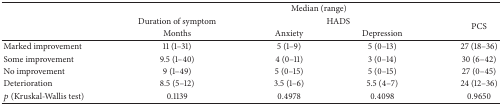
<table><thead><tr><td><b> </b></td><td colspan="4"><b>Median (range) </b></td></tr><tr><td><b> </b></td><td><b>Duration of symptom</b></td><td colspan="2"><b>HADS</b></td><td rowspan="2"><b>PCS</b></td></tr><tr><td><b> </b></td><td><b>Months</b></td><td><b>Anxiety</b></td><td><b>Depression</b></td></tr></thead><tbody><tr><td>Marked improvement</td><td>11 (1–31)</td><td>5 (1–9)</td><td>5 (0–13)</td><td>27 (18–36)</td></tr><tr><td>Some improvement</td><td>9.5 (1–40) </td><td>4 (0–11)</td><td>3 (0–14)</td><td>30 (6–42)</td></tr><tr><td>No improvement</td><td>9 (1–49)</td><td>5 (0–15)</td><td>5 (0–15)</td><td>27 (0–45)</td></tr><tr><td>Deterioration </td><td>8.5 (5–12)</td><td>3.5 (1–6)</td><td>5.5 (4–7)</td><td>24 (12–36)</td></tr><tr><td><i>p</i> (Kruskal-Wallis test)</td><td>0.1139</td><td>0.4978</td><td>0.4098</td><td>0.9650</td></tr></tbody></table>